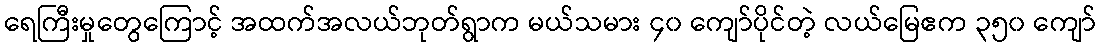
ရေကြီးမှုတွေကြောင့် အထက်အလယ်ဘုတ်ရွာက မယ်သမား ၄၀ ကျော်ပိုင်တဲ့ လယ်မြေဧက ၃၅၀ ကျော်